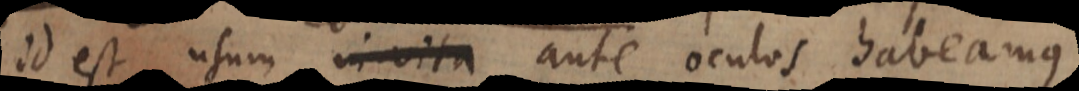
id est usum in vita ante oculos habeamus,